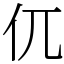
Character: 㐳